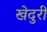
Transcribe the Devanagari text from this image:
खेदुरी